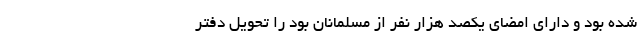
شده بود و دارای امضای یکصد هزار نفر از مسلمانان بود را تحویل دفتر